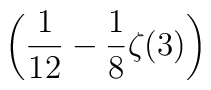
\displaystyle\left(\frac{1}{12}-\frac{1}{8}\zeta(3)\right)